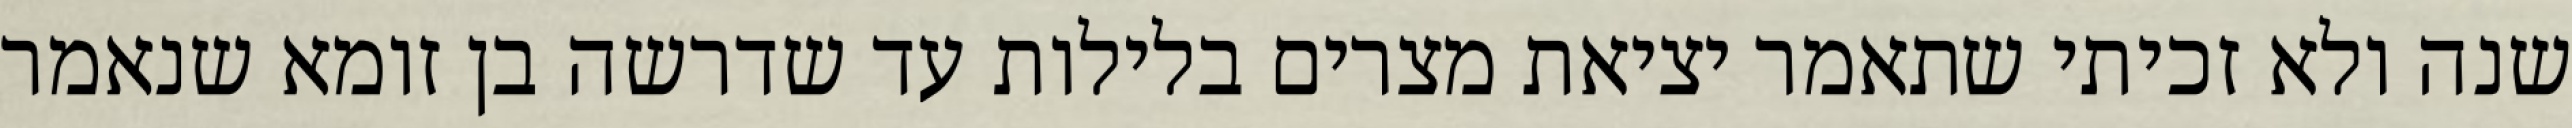
שנה ולא זכיתי שתאמר יציאת מצרים בלילות עד שדרשה בן זומא שנאמר